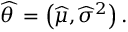
{ \widehat { \theta \, } } = \left( { \widehat { \mu } } , { \widehat { \sigma } } ^ { 2 } \right) .